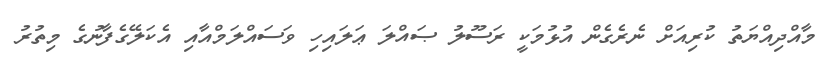
މާއްދިއްޔަތު ކުރިއަށް ނެރެގެން އުޅުމަކީ ރަސޫލު ޞައްލަ ޢަލައިހި ވަސައްލަމްއާއި އެކަލޭގެފާނުގެ މިތުރު